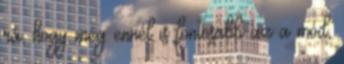
rá, hogy még ennél is fontosabb az a mód,